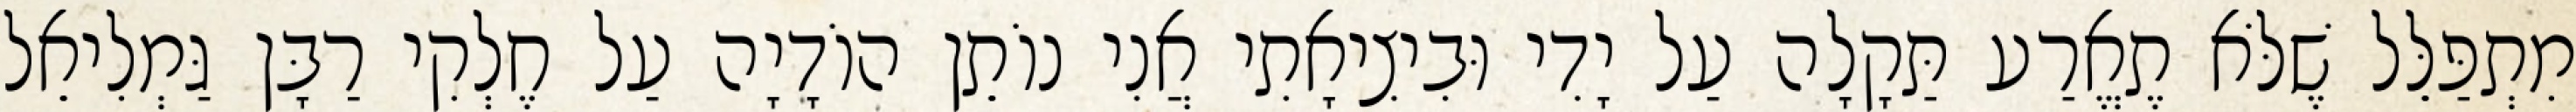
מִתְפַּלֵּל שֶׁלֹּא תֶאֱרַע תַּקָלָה עַל יָדִי וּבִיצִיאָתִי אֲנִי נוֹתֵן הוֹדָיָה עַל חֶלְקִי רַבָּן גַּמְלִיאֵל